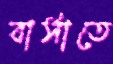
বার্সাতে